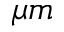
\mu m